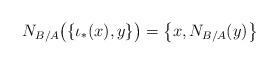
LaTeX: \begin{align*} N_{B/A}\bigl(\{\iota_*(x),y\}\bigr) = \bigl\{x,N_{B/A}(y)\bigr\}\end{align*}